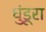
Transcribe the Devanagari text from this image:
धुंडूरा